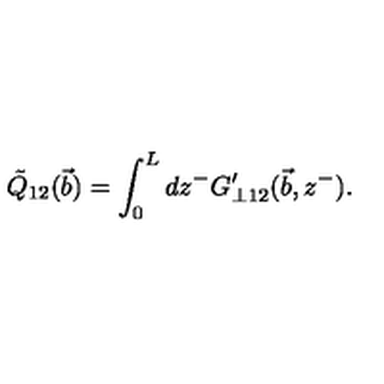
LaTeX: \tilde { Q } _ { 1 2 } ( \vec { b } ) = \int _ { 0 } ^ { L } d z ^ { - } G _ { \bot 1 2 } ^ { \prime } ( { \vec { b } } , z ^ { - } ) .